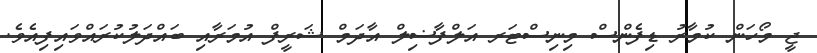
ޖީ މޯހަން ކުމާރު ޑިފެންސް މިނިސްޓަރ އަލްފާޟިލް އާދަމް ޝަރީފް އުމަރާއި ބައްދަލުކުރައްވައިފިއެވެ.